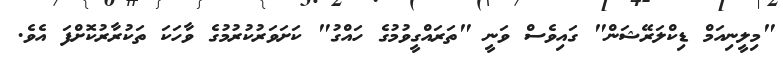
"މިލީނިއަމް ޑިކްލަރޭޝަން" ގައިވެސް ވަނީ "ތަރައްގީވުމުގެ ހައްގު" ކަށަވަރުކުރުމުގެ ވާހަކަ ތަކުރާރުކޮށްފަ އެވެ.